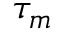
\tau _ { m }